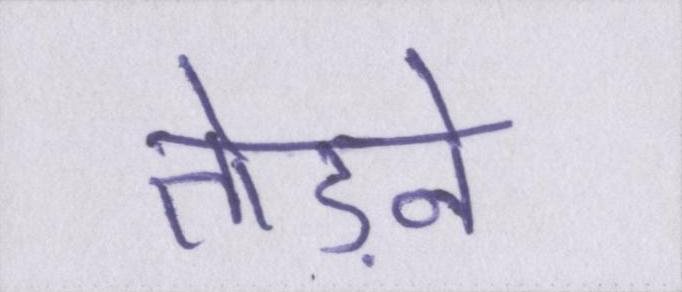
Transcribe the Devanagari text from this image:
तेाड़ने